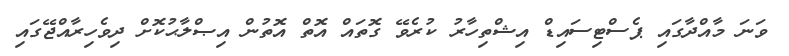
ވަނަ މާއްދާގައި ޕެސްޓިސައިޑް އިޝްތިހާރު ކުރެވޭ ގޮތައް އޮތް އޮތުން އިޞްލާޙުކޮށް ދިވެހިރާއްޖޭގައި